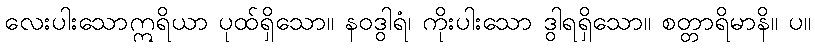
လေးပါးသောဣရိယာ ပုထ်ရှိသော။ နဝဒွါရံ၊ ကိုးပါးသော ဒွါရရှိသော။ စတ္တာရိမာနိ။ ပ။